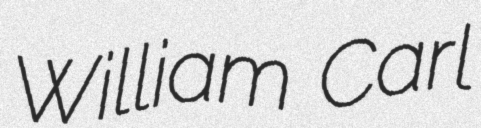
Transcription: William Carl